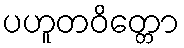
ပဟူတဝိတ္တော